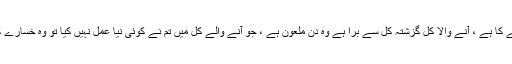
سچ کہا ہے کسی بزرگ نے : "تمہارا آنے والا کل اگر گزشتہ کل کے برابر ہے وہ دن دھوکے کا ہے ، آنے والا کل گزشتہ کل سے برا ہے وہ دن ملعون ہے ، جو آنے والے کل میں تم نے کوئی نیا عمل نہیں کیا تو وہ خسارے کا دن ہے اور جو دن خسارے کا ہو اس دن سے پہلے مر جانا بہتر ہے " { لطائف المعارف } ۔